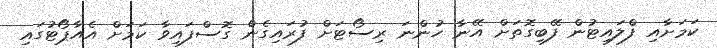
ކަމަށާއި ފްލައިޓުން ފޭބިގޮތަށް އޭނާ ހުންނަ ރިސޯޓަށް ފުރައިގެން ގޮސްފައިވާ ކަމަށް އެއާޕޯޓުގައި